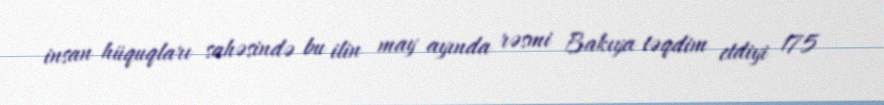
insan hüquqları sahəsində bu ilin may ayında rəsmi Bakıya təqdim etdiyi 175